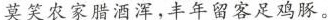
莫笑农家腊酒浑，丰年留客足鸡豚。